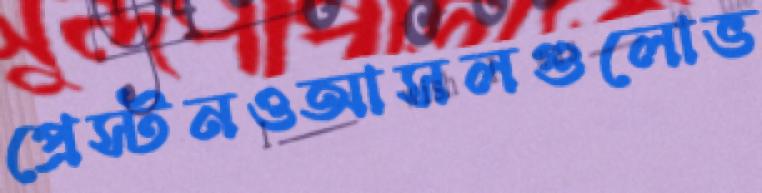
প্রেস্টনওআসলগুলোভ